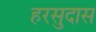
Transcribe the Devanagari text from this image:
हरसुदास